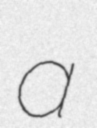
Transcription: a